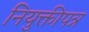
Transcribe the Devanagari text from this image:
नियुक्तीपत्र